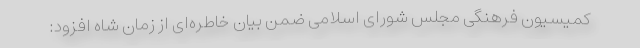
کمیسیون فرهنگی مجلس شورای اسلامی ضمن بیان خاطره‌ای از زمان شاه افزود: